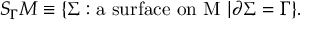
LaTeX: S _ { \Gamma } M \equiv \{ \Sigma : \mathrm { a ~ s u r f a c e ~ o n ~ M ~ } | \partial \Sigma = \Gamma \} .